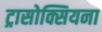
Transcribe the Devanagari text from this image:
ट्रासोक्सियना